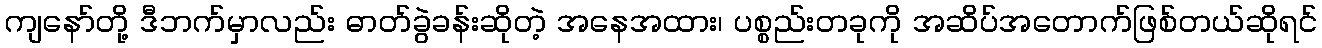
ကျနော်တို့ ဒီဘက်မှာလည်း ဓာတ်ခွဲခန်းဆိုတဲ့ အနေအထား၊ ပစ္စည်းတခုကို အဆိပ်အတောက်ဖြစ်တယ်ဆိုရင်